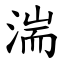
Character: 湍